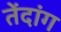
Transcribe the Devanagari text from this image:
तेंदांग